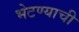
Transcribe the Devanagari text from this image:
भेटण्याची